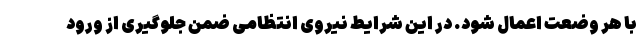
با هر وضعت اعمال شود. در این شرایط نیروی انتظامی ضمن جلوگیری از ورود